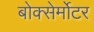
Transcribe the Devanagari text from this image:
बोक्सेर्मोटर